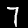
Label: 7